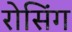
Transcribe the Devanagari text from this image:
रोसिंग